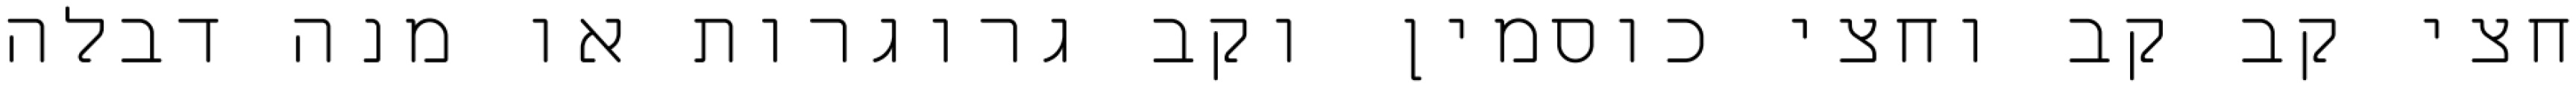
חצי קב קב וחצי כוסמין וקב גרוגרות או מנה דבלה